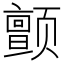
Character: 颤